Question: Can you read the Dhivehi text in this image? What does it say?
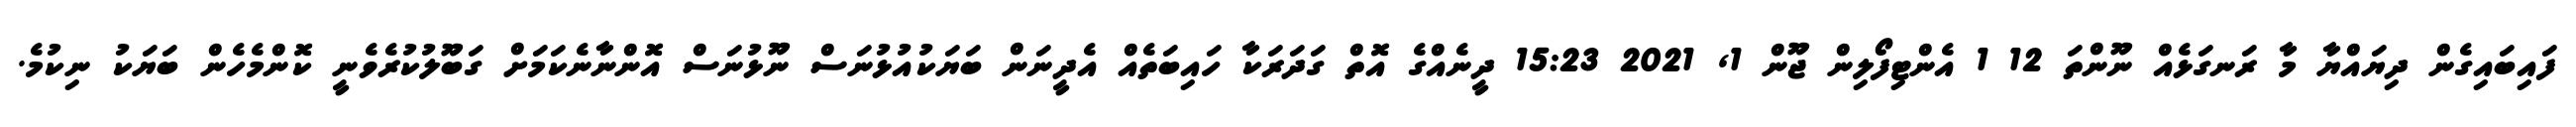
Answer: ފައިބައިގެން ދިޔައްޔާ މާ ރަނގަޅެއް ނޫންތަ 12 1 އެންޓިފޯލިން ޖޫން 1, 2021 15:23 ދީނެއްގެ އޮތް ގަދަރަކާ ހައިބަތެއް އެދީނަން ބަޔަކުއުޅުނަސް ނޫޅުނަސް އޮންނާނެކަމަށް ގަބޫލުކުރެވެނީ ކޮންމެހެން ބަޔަކު ނިކުމެ.